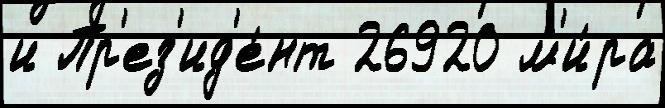
и Пр'ез'ид'е́нт 26920 м'и́ра